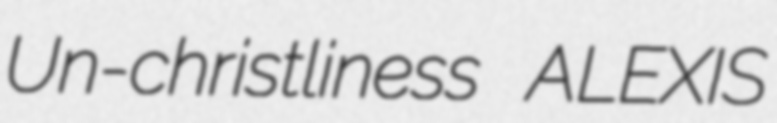
Un-christliness ALEXIS